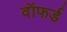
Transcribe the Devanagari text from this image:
वॉफर्ड